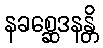
နခစ္ဆေဒနန္တိ